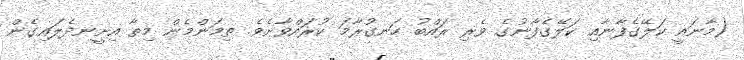
(މާނައީ ކަލޭގެފާނާއި ކަލޭގެފާނުގެ ވެރި ރައްބު ހަނގުރާމަ ކުރައްވާށެވެ. ތިމަންމެން މިތާ އިށީނދެލައިގެން